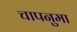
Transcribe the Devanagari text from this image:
चापनुमा